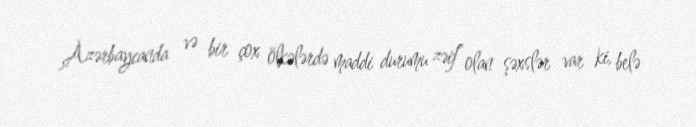
Azərbaycanda və bir çox ölkələrdə maddi durumu zəif olan şəxslər var ki, belə